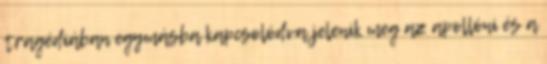
tragédiában egymásba kapcsolódva jelenik meg az apollóni és a